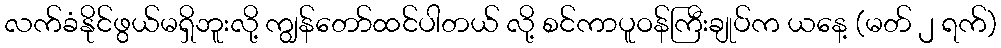
လက်ခံနိုင်ဖွယ်မရှိဘူးလို့ ကျွန်တော်ထင်ပါတယ် လို့ စင်ကာပူဝန်ကြီးချုပ်က ယနေ့ (မတ် ၂ ရက်)